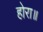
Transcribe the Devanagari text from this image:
होरा॥